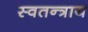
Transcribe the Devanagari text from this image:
स्वतन्त्राय